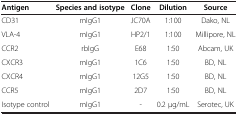
<table><thead><tr><td><b>Antigen</b></td><td><b>Species and isotype</b></td><td><b>Clone</b></td><td><b>Dilution</b></td><td><b>Source</b></td></tr></thead><tbody><tr><td>CD31</td><td>mIgG1</td><td>JC70A</td><td>1:100</td><td>Dako, NL</td></tr><tr><td>VLA-4</td><td>mIgG1</td><td>HP2/1</td><td>1:100</td><td>Millipore, NL</td></tr><tr><td>CCR2</td><td>rbIgG</td><td>E68</td><td>1:50</td><td>Abcam, UK</td></tr><tr><td>CXCR3</td><td>mIgG1</td><td>1C6</td><td>1:50</td><td>BD, NL</td></tr><tr><td>CXCR4</td><td>mIgG1</td><td>12G5</td><td>1:50</td><td>BD, NL</td></tr><tr><td>CCR5</td><td>mIgG1</td><td>2D7</td><td>1:50</td><td>BD, NL</td></tr><tr><td>Isotype control</td><td>mIgG1</td><td>-</td><td>0.2 μg/mL</td><td>Serotec, UK</td></tr></tbody></table>